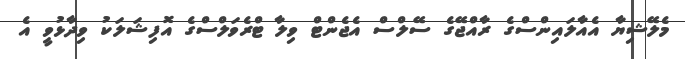
މެލޭޝިޔާ އެއާލައިންސްގެ ރާއްޖޭގެ ސޭލްސް އެޖެންޓް ވިލާ ޓްރެވަލްސްގެ އޮފިޝަލަކު ވިދާޅުވީ އެ